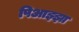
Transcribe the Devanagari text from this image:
पिआझ्झा